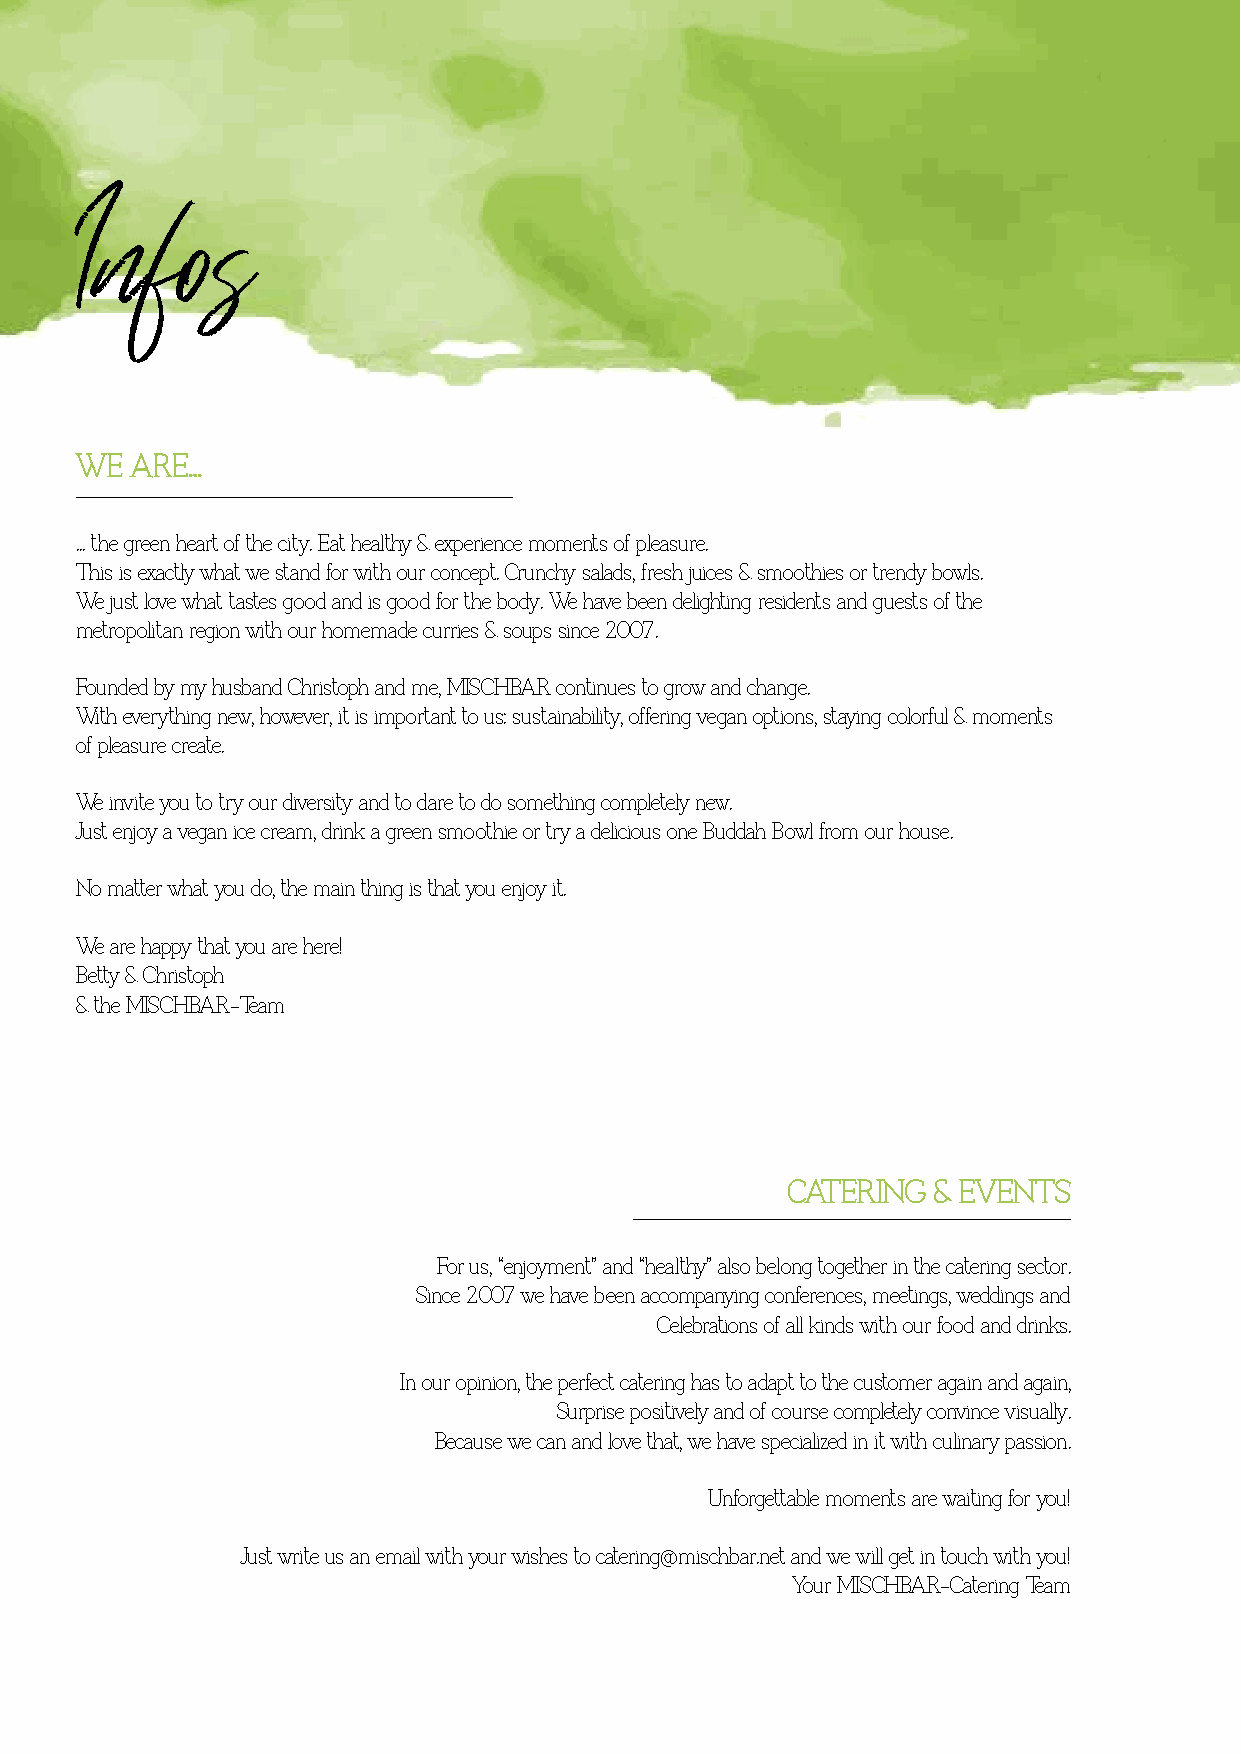
Infos
 WWEE AARREE......
 ... the green heart of the city. Eat healthy & experience moments of pleasure.
 This is exactly what we stand for with our concept. Crunchy salads, fresh juices & smoothies or trendy bowls.
 We just love what tastes good and is good for the body. We have been delighting residents and guests of the
 metropolitan region with our homemade curries & soups since 2007.
 Founded by my husband Christoph and me, MISCHBAR continues to grow and change.
 With everything new, however, it is important to us: sustainability, offering vegan options, staying colorful & moments
 of pleasure create.
 We invite you to try our diversity and to dare to do something completely new.
 Just enjoy a vegan ice cream, drink a green smoothie or try a delicious one Buddah Bowl from our house.
 No matter what you do, the main thing is that you enjoy it.
 We are happy that you are here!
 Betty & Christoph
 & the MISCHBAR-Team
 CCAATTEERRIINNGG && EEVVEENNTTSS
 For us, “enjoyment” and “healthy” also belong together in the catering sector.
 Since 2007 we have been accompanying conferences, meetings, weddings and
 Celebrations of all kinds with our food and drinks.
 In our opinion, the perfect catering has to adapt to the customer again and again,
 Surprise positively and of course completely convince visually.
 Because we can and love that, we have specialized in it with culinary passion.
 Unforgettable moments are waiting for you!
 Just write us an email with your wishes to catering@mischbar.net and we will get in touch with you!
 Your MISCHBAR-Catering Team